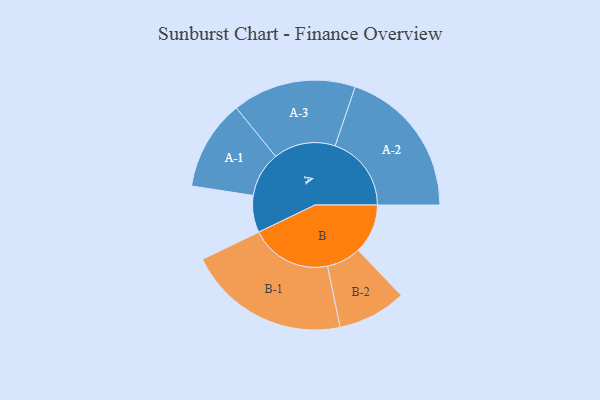
{"axis": {"x": "Segment", "y": "Value"}, "legend": ["", "A", "B"], "data": [{"x": "A", "y": 126, "type": ""}, {"x": "B", "y": 169, "type": ""}, {"x": "A-1", "y": 154, "type": "A"}, {"x": "A-2", "y": 260, "type": "A"}, {"x": "A-3", "y": 211, "type": "A"}, {"x": "B-1", "y": 277, "type": "B"}, {"x": "B-2", "y": 117, "type": "B"}]}